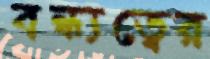
বন্ধ্যত্বের